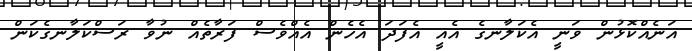
އަނެއްކޮޅުން ވަނީ އެކަލާނގެ އެއީ އެފަދަ އެހެން އެއްވެސް ފަރާތެއް ނުވާ ރަސްކަލާނގެކަން